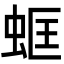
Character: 䖱